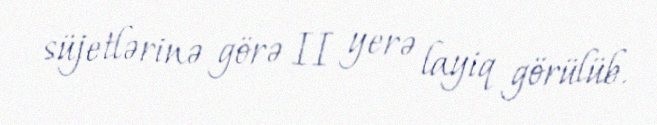
süjetlərinə görə II yerə layiq görülüb.